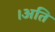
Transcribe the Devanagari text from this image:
।अति